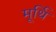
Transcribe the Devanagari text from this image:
मूर्थि